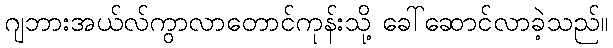
ဂျဘားအယ်လ်ကွာလာတောင်ကုန်းသို့ ခေါ်ဆောင်လာခဲ့သည်။